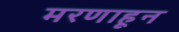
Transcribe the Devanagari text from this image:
मरणाहून